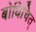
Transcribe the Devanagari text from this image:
बोधिचित्